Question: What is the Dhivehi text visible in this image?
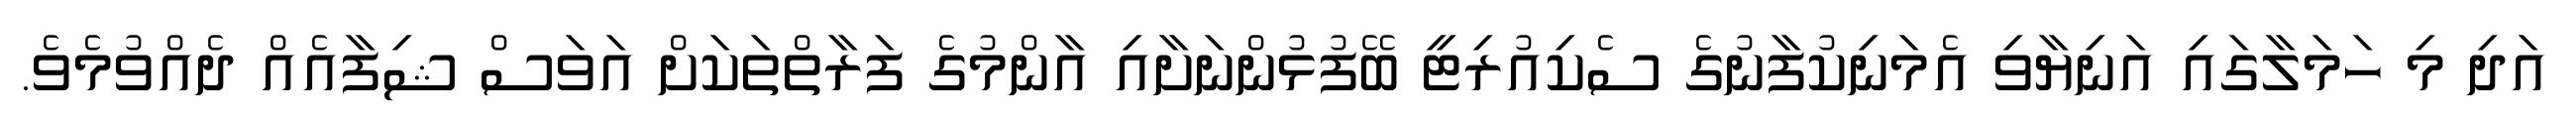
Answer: އަދި މި ހަމަލާގައި އަނިޔާވި އެމަނިކުފާނުގެ ސެކިއުރިޓީ ބޭފުޅުންނަށާއި އާންމުގެ ފަރާތްތަކަށް އަވަސް ޝިފާއެއް ދެއްވުމެވެ.